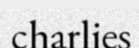
charlies